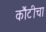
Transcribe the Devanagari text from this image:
कौंटीचा